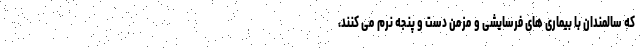
که سالمندان با بیماری های فرسایشی و مزمن دست و پنجه نرم می کنند،